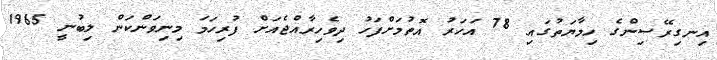
އިނގިރޭސިންގެ ހިމާޔަތުގައި 78 އަހަރު އޮތުމަށްފަހު ދިވެހިރާއްޖެއަށް ފުރިހަމަ މިނިވަންކަން ލިބުނީ 1965